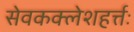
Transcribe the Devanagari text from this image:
सेवकक्लेशहर्त्तः